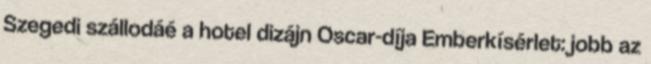
Szegedi szállodáé a hotel dizájn Oscar-díja Emberkísérlet: jobb az